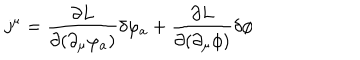
LaTeX: j ^ { \mu } = \frac { \partial L } { \partial ( \partial _ { \mu } \varphi _ { a } ) } \delta \varphi _ { a } + \frac { \partial L } { \partial ( \partial _ { \mu } \phi ) } \delta \phi